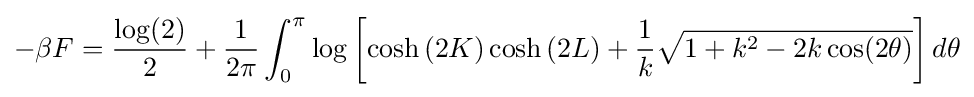
-\beta F={\frac {\log(2)}{2}}+{\frac {1}{2\pi }}\int _{0}^{\pi }\log \left[\cosh \left(2K\right)\cosh \left(2L\right)+{\frac {1}{k}}{\sqrt {1+k^{2}-2k\cos(2\theta )}}\right]d\theta